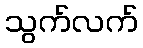
သွက်လက်